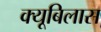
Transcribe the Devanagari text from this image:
क्यूबिलास